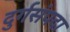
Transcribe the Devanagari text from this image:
दुर्गसंपदा